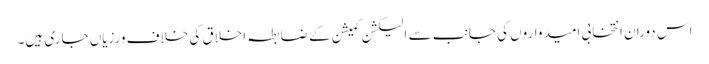
اس دوران انتخابی امیدواروں کی جانب سے الیکشن کمیشن کے ضابطہ اخلاق کی خلاف ورزیاں جاری ہیں۔